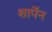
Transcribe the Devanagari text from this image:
शार्पेन